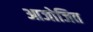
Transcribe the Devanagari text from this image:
आजोजित